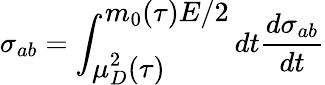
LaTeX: \sigma_{ab}=\int_{\displaystyle\mu_{D}^{2}(\tau)}^{\displaystyle m_{0}(\tau)E/2}dt\frac{d\sigma_{ab}}{dt}